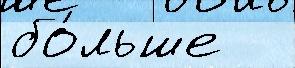
бо́льше